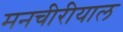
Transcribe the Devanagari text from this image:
मनचीरीयाल